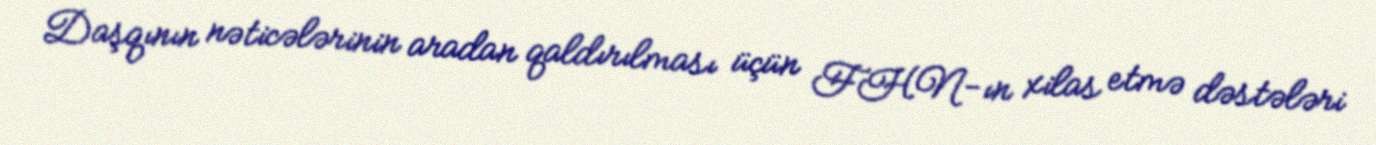
Daşqının nəticələrinin aradan qaldırılması üçün FHN-ın xilas etmə dəstələri